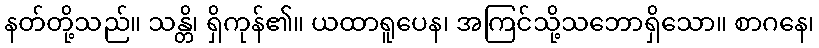
နတ်တို့သည်။ သန္တိ၊ ရှိကုန်၏။ ယထာရူပေန၊ အကြင်သို့သဘောရှိသော။ စာဂနေ၊